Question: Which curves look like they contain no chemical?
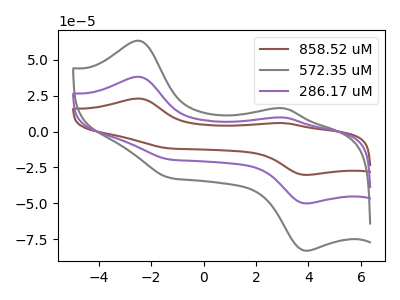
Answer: <think>The brown curve "858.52 uM" has anodic peaks at (-2.45V, 76.35uA) (3.10V, 19.45uA) and cathodic peaks at (3.90V, -100.15uA) (-1.30V, -38.85uA). The gray curve "572.35 uM" has anodic peaks at (-2.45V, 63.30uA) (3.10V, 16.10uA) and cathodic peaks at (3.90V, -83.00uA) (-1.30V, -32.20uA). The purple curve "286.17 uM" has anodic peaks at (-2.45V, 38.20uA) (3.10V, 9.70uA) and cathodic peaks at (3.90V, -50.05uA) (-1.30V, -19.40uA).</think>
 <answer>There are not any CV's on this graph that are likely to be blanks.</answer>
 <eval>none</eval>